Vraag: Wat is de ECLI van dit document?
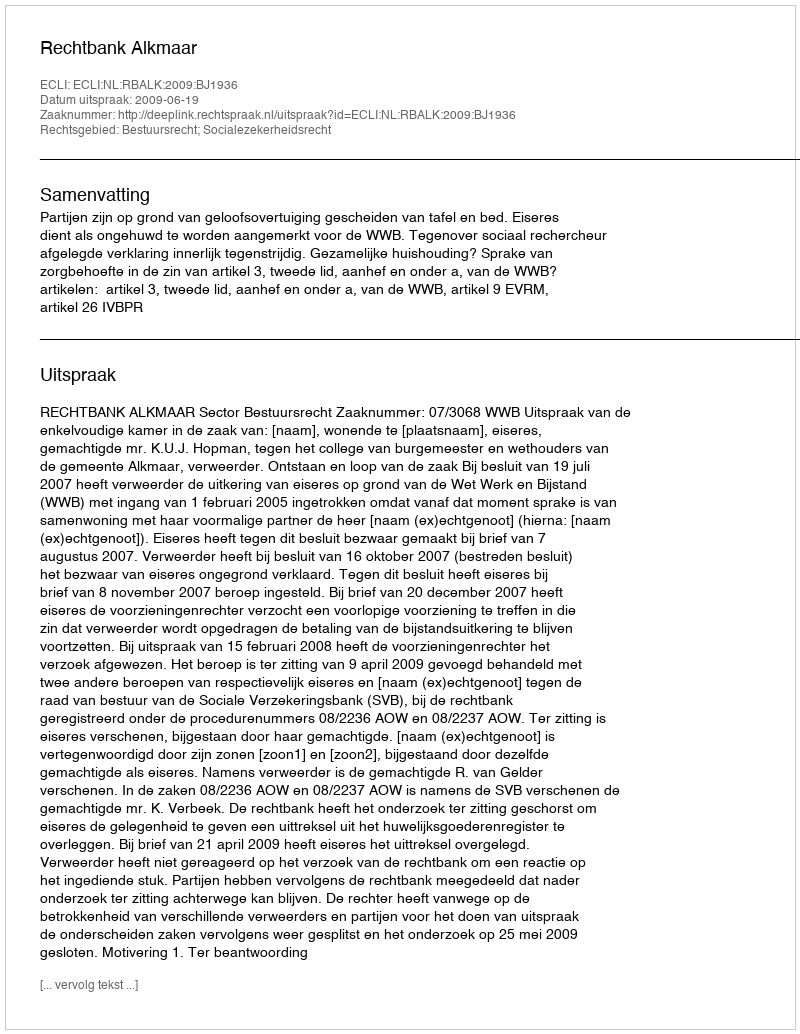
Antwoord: ECLI:NL:RBALK:2009:BJ1936